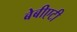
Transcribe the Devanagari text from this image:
बेबीएटी